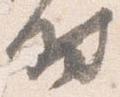
時